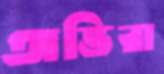
অভিরা